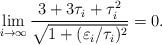
LaTeX: \begin{align*}\lim_{i\rightarrow\infty}\frac{3+3\tau_i+\tau_i^2}{\sqrt{1+(\varepsilon_i/\tau_i)^2}}=0.\end{align*}